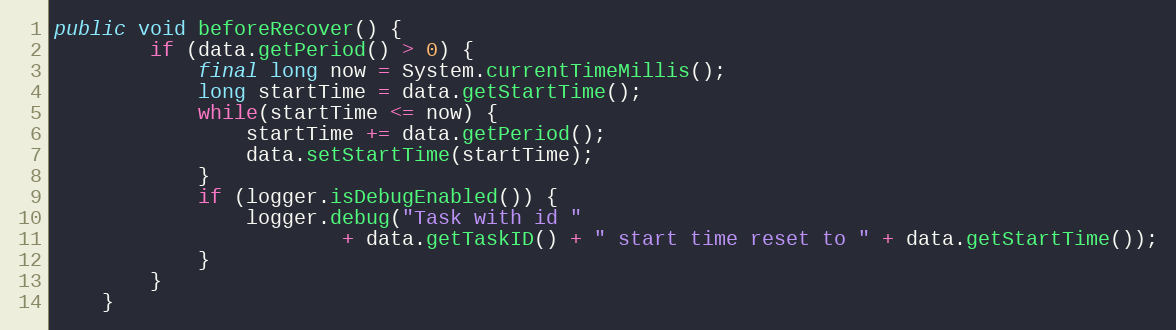
Language: Java
public void beforeRecover() {
		if (data.getPeriod() > 0) {
			final long now = System.currentTimeMillis();
			long startTime = data.getStartTime();
			while(startTime <= now) {
				startTime += data.getPeriod();
				data.setStartTime(startTime);
			}
			if (logger.isDebugEnabled()) {
				logger.debug("Task with id "
						+ data.getTaskID() + " start time reset to " + data.getStartTime());
			}
		}
	}